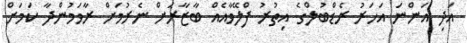
އަދި އަންނަ އަހަރު ރެޑްބުލްގެ އިތުރު ފްލޭވާއެއް ބާޒާރަށް ނެރުމަށް ރާވަމުންދާ ކަމަށް